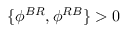
\{ \phi ^ { B R } , \phi ^ { R B } \} > 0